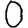
Digit: 0